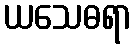
ယသေဓရာ